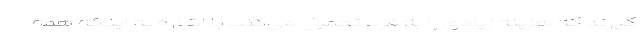
‌گیرند که هزینه زیادی را به فرد تحمیل می‌کند. با اشاره به اینکه همه